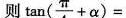
则 $$\tan(\frac{\pi}{4}+ \alpha)=$$